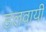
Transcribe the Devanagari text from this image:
डलवायी